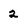
Character: 2